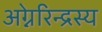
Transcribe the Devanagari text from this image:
अग्नेरिन्द्रस्य